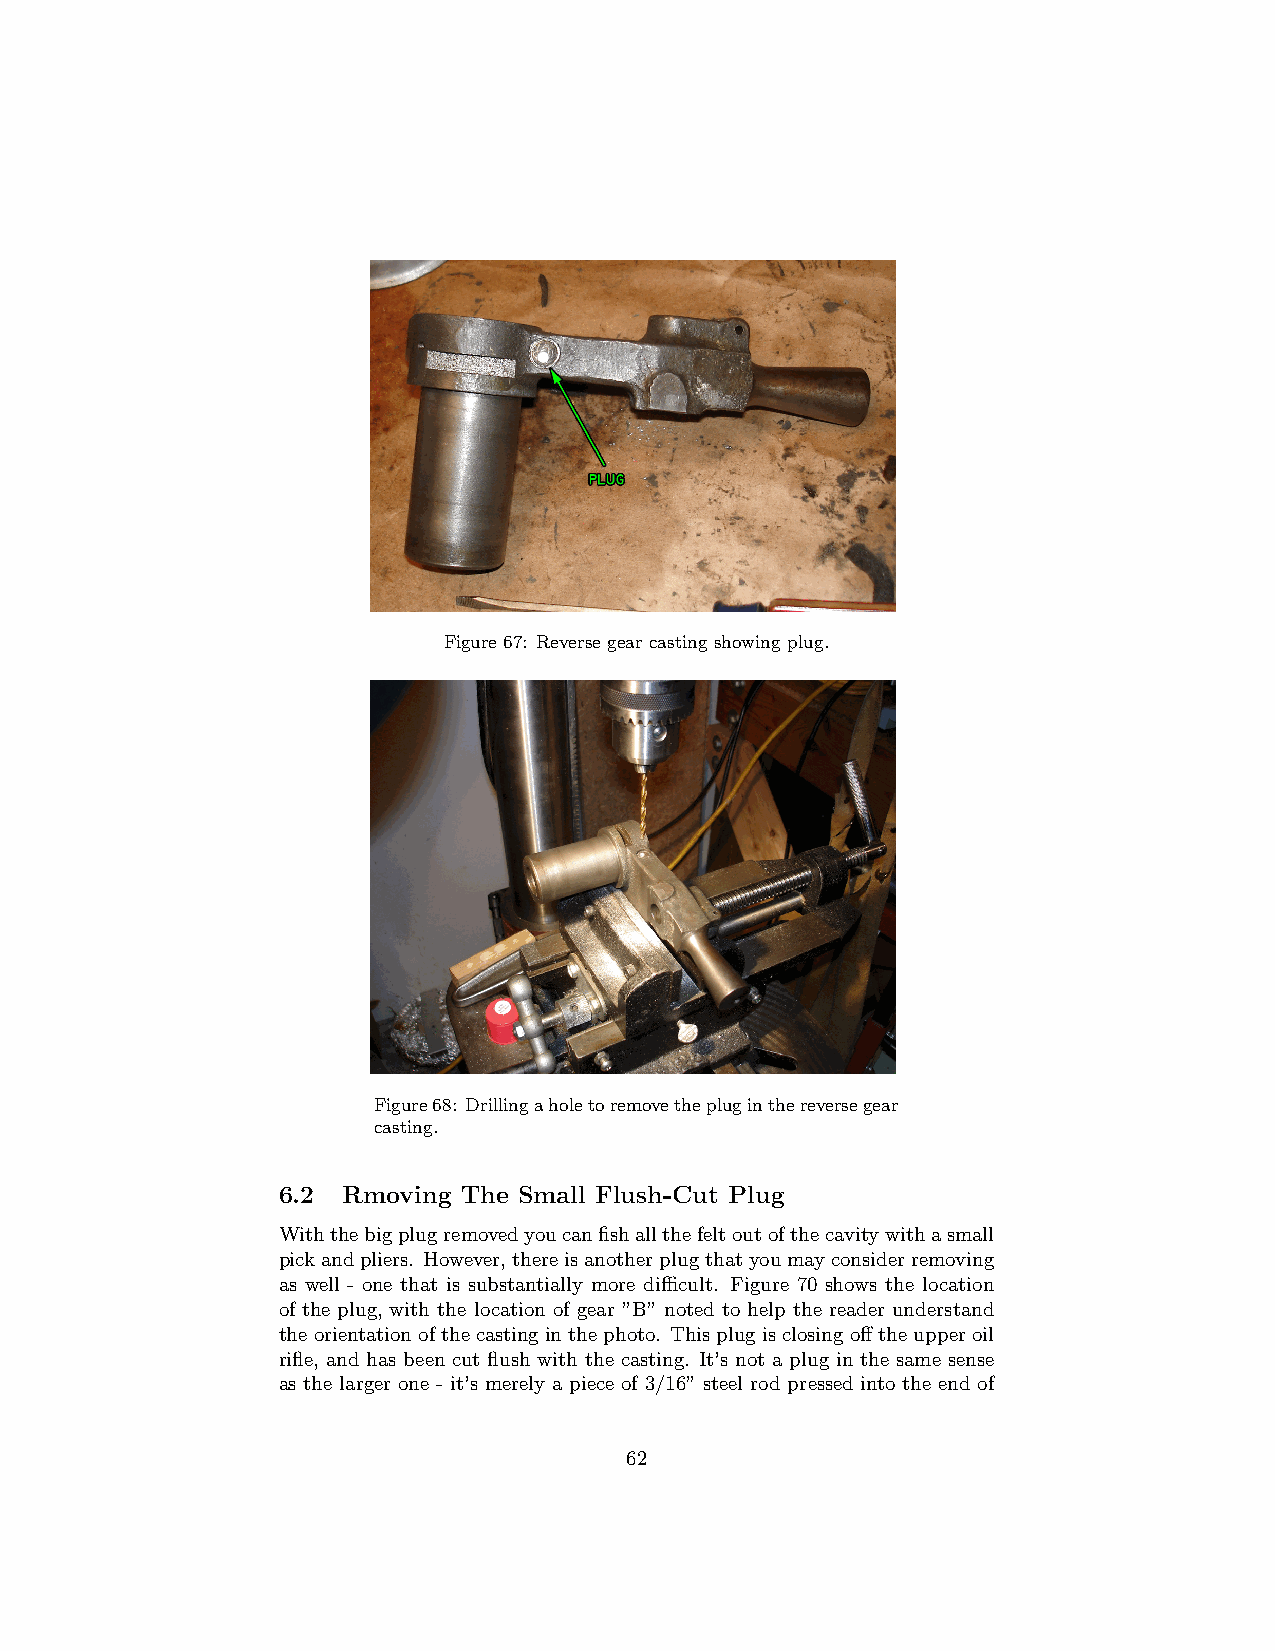
Figure 67: Reverse gear casting showing plug.
 Figure68: Drillingaholetoremovethepluginthereversegear
 casting.
 6.2  Rmoving The Small Flush-Cut Plug
 Withthebigplugremovedyoucanfishallthefeltoutofthecavitywithasmall
 pickandpliers. However,thereisanotherplugthatyoumayconsiderremoving
 as well - one that is substantially more difficult. Figure 70 shows the location
 of the plug, with the location of gear ”B” noted to help the reader understand
 theorientationofthecastinginthephoto. Thisplugisclosingofftheupperoil
 rifle, and has been cut flush with the casting. It’s not a plug in the same sense
 as the larger one - it’s merely a piece of 3/16” steel rod pressed into the end of
 62